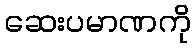
ဆေးပမာဏကို